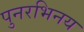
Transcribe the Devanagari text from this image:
पुनरभिनय